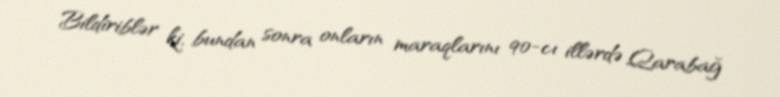
Bildiriblər ki, bundan sonra onların maraqlarını 90-cı illərdə Qarabağ